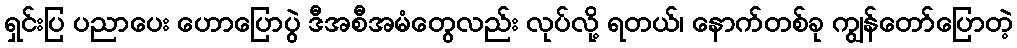
ရှင်းပြ ပညာပေး ဟောပြောပွဲ ဒီအစီအမံတွေလည်း လုပ်လို့ ရတယ်၊ နောက်တစ်ခု ကျွန်တော်ပြောတဲ့